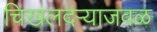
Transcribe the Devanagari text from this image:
चिखलदऱ्याजवळ